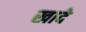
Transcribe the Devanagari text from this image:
खादे